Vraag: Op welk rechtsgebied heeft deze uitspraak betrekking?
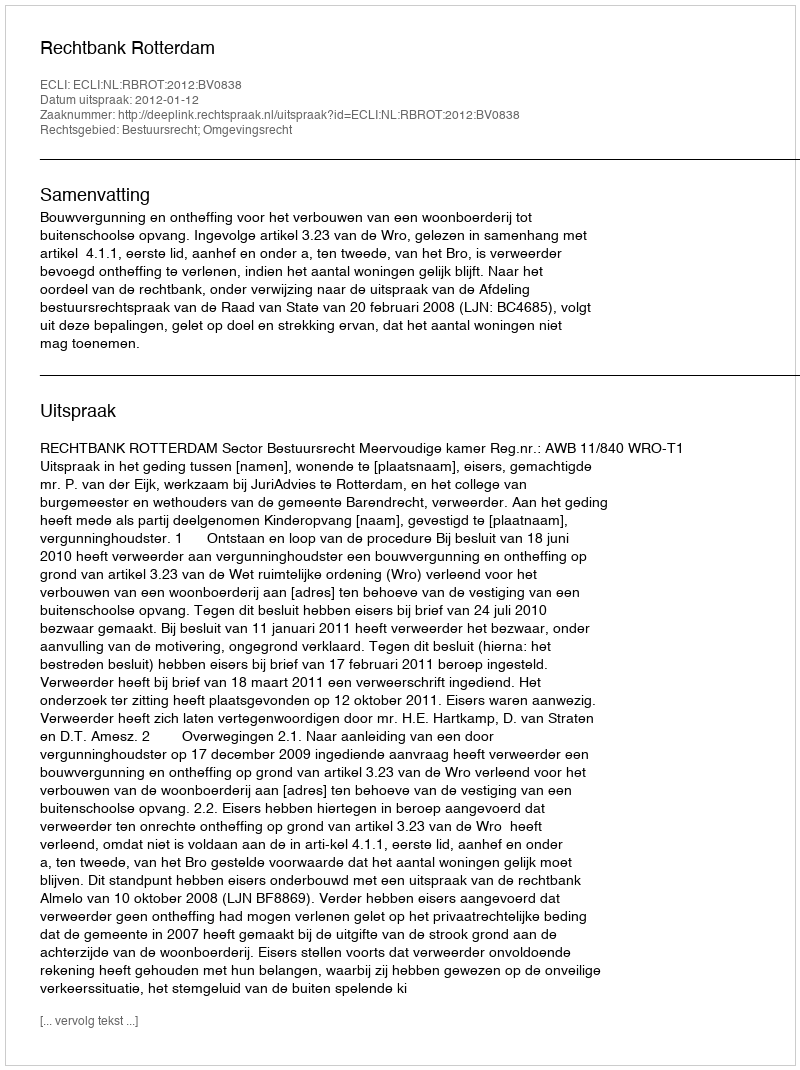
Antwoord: Bestuursrecht; Omgevingsrecht